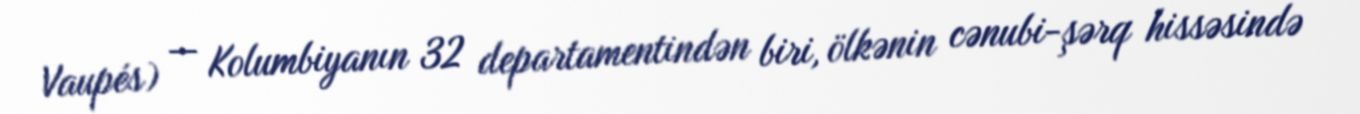
Vaupés) — Kolumbiyanın 32 departamentindən biri, ölkənin cənubi-şərq hissəsində